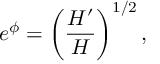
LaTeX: e ^ { \phi } = \left( \frac { H ^ { \prime } } { H } \right) ^ { 1 / 2 } ,